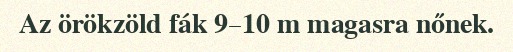
Az örökzöld fák 9–10 m magasra nőnek.